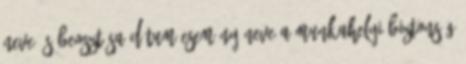
neve és beosztása Dátum Esemény neve A munkahelyi biztonság